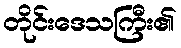
တိုင်းဒေသကြီး၏